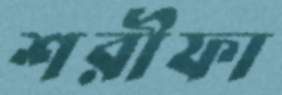
শরীফা